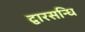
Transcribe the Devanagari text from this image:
द्वारसन्धि